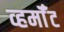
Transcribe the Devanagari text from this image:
व्हर्मॉँट